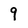
Character: 9